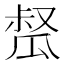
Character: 𤬂